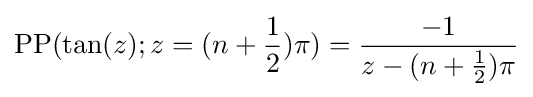
\operatorname {PP} (\tan(z);z=(n+{\frac {1}{2}})\pi )={\frac {-1}{z-(n+{\frac {1}{2}})\pi }}